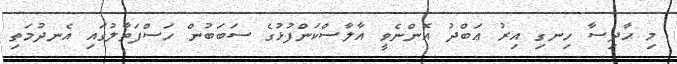
މި ޙާދިސާ ހިނގި އިރު ޢަބްދު އޮންނެވީ އާލާސްކަންފުޅުގެ ސަބަބުން ހަސްފަތާލުގައި އެނދުމަތި